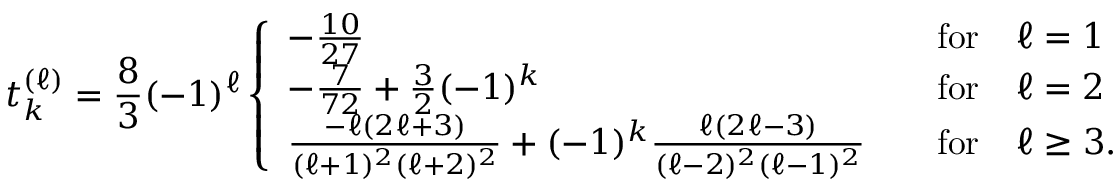
t _ { k } ^ { ( \ell ) } = \frac 8 3 ( - 1 ) ^ { \ell } \left\{ \begin{array} { l l } { - \frac { 1 0 } { 2 7 } } & { \quad \mathrm { f o r } \quad \ell = 1 } \\ { - \frac { 7 } { 7 2 } + \frac 3 2 ( - 1 ) ^ { k } } & { \quad \mathrm { f o r } \quad \ell = 2 } \\ { \frac { - \ell ( 2 \ell + 3 ) } { ( \ell + 1 ) ^ { 2 } ( \ell + 2 ) ^ { 2 } } + ( - 1 ) ^ { k } \frac { \ell ( 2 \ell - 3 ) } { ( \ell - 2 ) ^ { 2 } ( \ell - 1 ) ^ { 2 } } } & { \quad \mathrm { f o r } \quad \ell \geq 3 . } \end{array} \right.